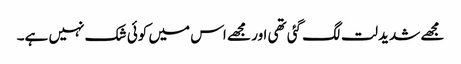
مجھے شدید لت لگ گئی تھی اور مجھے اس میں کوئی شک نہیں ہے۔